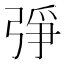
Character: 𢏰